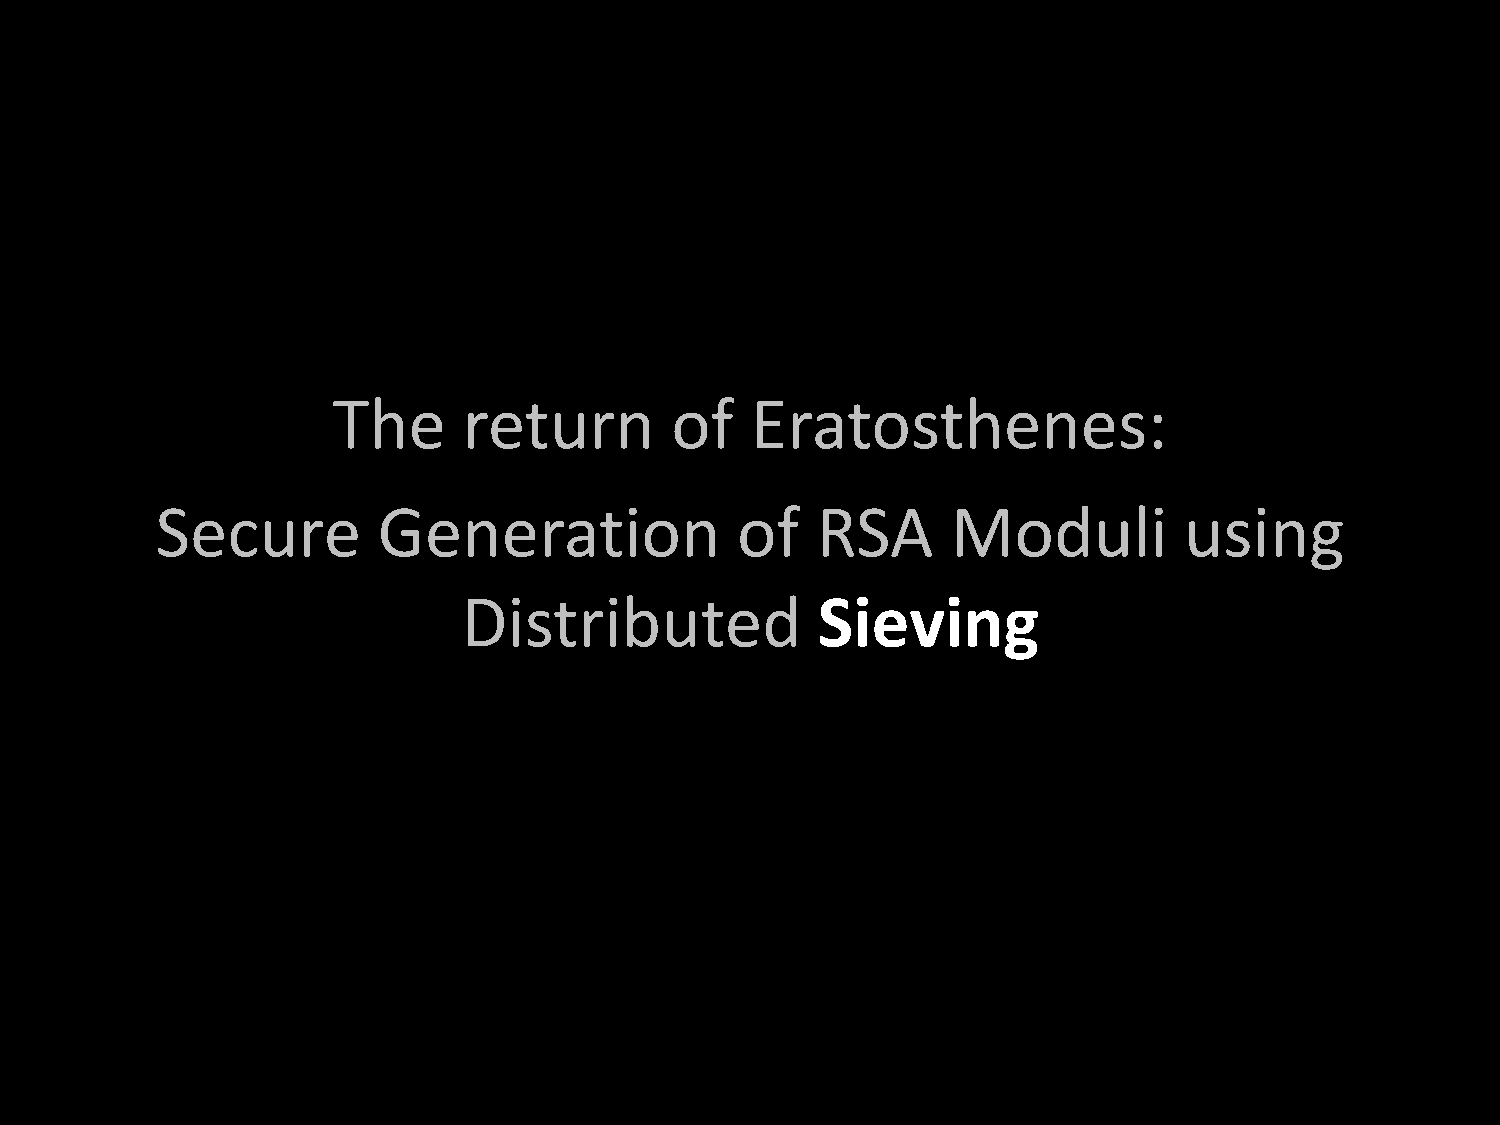
The      return       of    Eratosthenes:
 Secure         Generation              of   RSA      Moduli         using
 Distributed            Sieving